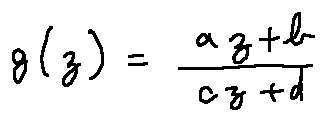
g ( z ) = \frac { a z + b } { c z + d }